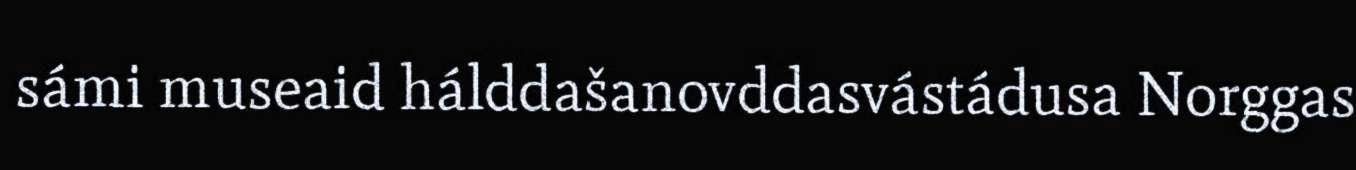
sámi museaid hálddašanovddasvástádusa Norggas